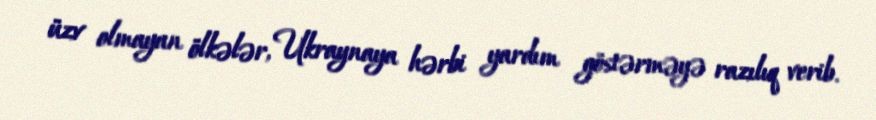
üzv olmayan ölkələr, Ukraynaya hərbi yardım göstərməyə razılıq verib.